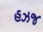
હઝજ